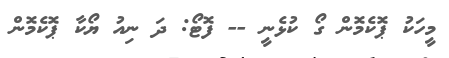
މީހަކު ޕޮކެމޮން ގޯ ކުޅެނީ -- ފޮޓޯ: ދަ ނިއު ޔޯކާ ޕޮކެމޮން